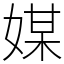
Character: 媒